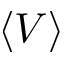
\langle V \rangle